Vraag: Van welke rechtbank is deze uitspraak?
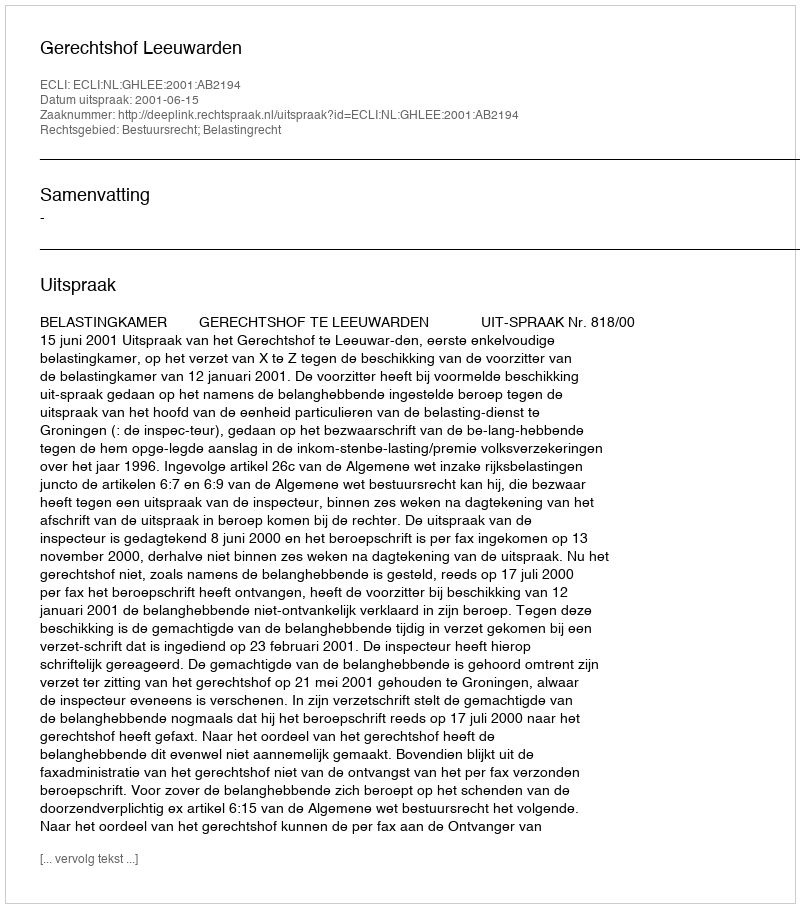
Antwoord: Gerechtshof Leeuwarden